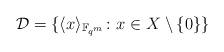
LaTeX: \begin{align*} \mathcal{D}=\{\langle x \rangle_{\mathbb{F}_{q^m}} \colon x\in X\setminus\{0\}\}\end{align*}